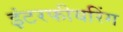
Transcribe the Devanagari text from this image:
इंटरफीयरिंग